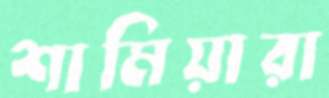
শামিয়ারা